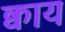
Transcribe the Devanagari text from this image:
क्वाय